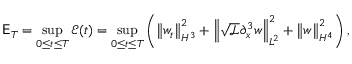
\mathsf { E } _ { T } = \displaystyle \operatorname* { s u p } _ { 0 \leq t \leq T } \mathcal { E } ( t ) = \displaystyle \operatorname* { s u p } _ { 0 \leq t \leq T } \left( \left\| w _ { t } \right\| _ { H ^ { 3 } } ^ { 2 } + \left\| \sqrt { \mathscr { L } } \partial _ { x } ^ { 3 } w \right\| _ { L ^ { 2 } } ^ { 2 } + \left\| w \right\| _ { H ^ { 4 } } ^ { 2 } \right) ,